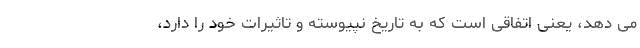
می دهد، یعنی اتفاقی است که به تاریخ نپیوسته و تاثیرات خود را دارد،